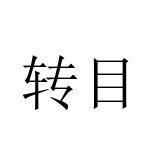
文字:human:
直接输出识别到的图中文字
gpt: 转目